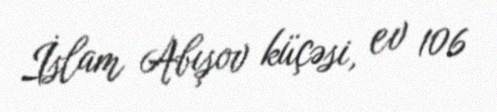
İslam Abışov küçəsi, ev 106